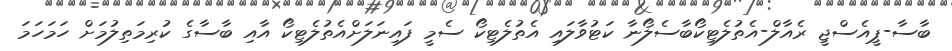
ބާސާ-ޕީއެސްޖީ ރެއާލް-އެތުލެޓިކޯބާސެލޯނާ ކަޓުވާލައި އެތުލެޓިކޯ ސެމީ ފައިނަލަށްއެތުލެޓިކޯ އާއި ބާސާގެ ކުރިމަތިލުމަށް ހަމަހަމަ